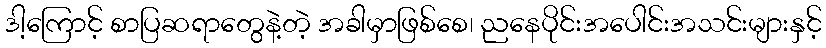
ဒါ့ကြောင့် စာပြဆရာတွေနဲ့တဲ့ အခါမှာဖြစ်စေ၊ ညနေပိုင်းအပေါင်းအသင်းများနှင့်